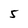
Character: 5